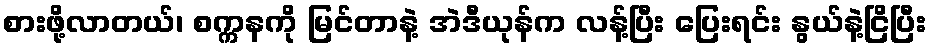
စားဖို့လာတယ်၊ စက္ကနကို မြင်တာနဲ့ အဲဒီယုန်က လန့်ပြီး ပြေးရင်း နွယ်နဲ့ငြိပြီး